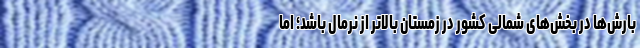
بارش‌ها در بخش‌های شمالی کشور در زمستان بالاتر از نرمال باشد؛ اما